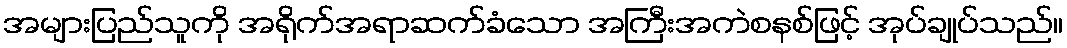
အများပြည်သူကို အရိုက်အရာဆက်ခံသော အကြီးအကဲစနစ်ဖြင့် အုပ်ချုပ်သည်။